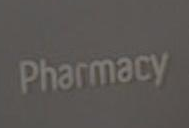
Pharmacy